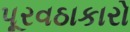
પૂરવઠાકારો